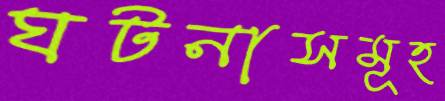
ঘটনাসমূহ